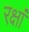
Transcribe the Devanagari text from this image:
रक्षां